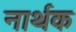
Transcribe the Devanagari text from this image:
नार्थक